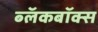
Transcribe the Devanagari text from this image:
ब्‍लॅकबॉक्स